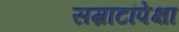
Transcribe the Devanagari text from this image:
सम्राटांपेक्षा